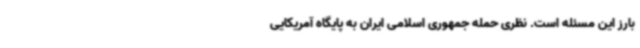
بارز این مسئله است. نظری حمله جمهوری اسلامی ایران به پایگاه آمریکایی